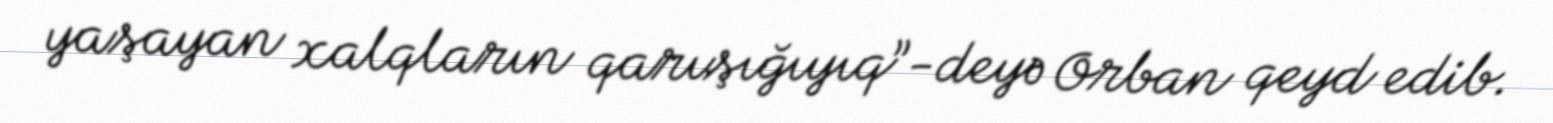
yaşayan xalqların qarışığıyıq”-deyə Orban qeyd edib.